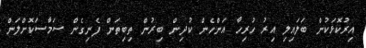
އިރުކޮޅަކުން ބަލައިލި އިރު ހުރިހާ އަންހެން ކުދިން ބިރުން ތިބިތަން ފެނިގެން ސަމާސަކޮށްލަން